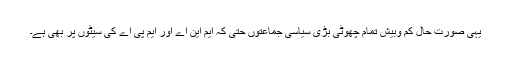
یہی صورت حال کم وبیش تمام چھوٹی بڑی سیاسی جماعتوں حتیٰ کہ ایم این اے اور ایم پی اے کی سیٹوں پر بھی ہے۔